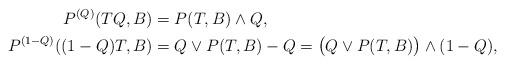
LaTeX: \begin{align*}P^{(Q)}(TQ,B)&=P(T,B)\wedge Q, \\P^{(1-Q)}((1-Q)T,B)&=Q\vee P(T,B)-Q=\big(Q\vee P(T,B)\big)\wedge(1-Q),\end{align*}